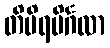
တိမိရပိင်္ဂလာ